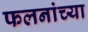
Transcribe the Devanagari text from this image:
फलनांच्या